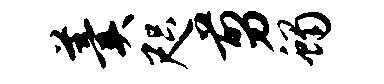
羹咫剪蝎